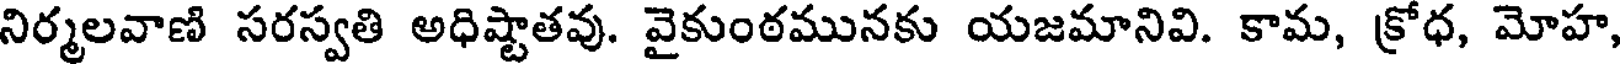
నిర్మలవాణి సరస్వతి అధిష్టాతవు. వైకుంఠమునకు యజమానివి. కామ, క్రోధ, మోహ,